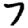
Digit: 7